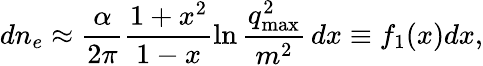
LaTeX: dn_{e}\approx\frac{\alpha}{2\pi}\frac{1+x^{2}}{1-x}\ln{\frac{q_{\mathrm{max}}^{2}}{m^{2}}}\, dx\equiv f_{1}(x)dx,